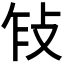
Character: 𢼎